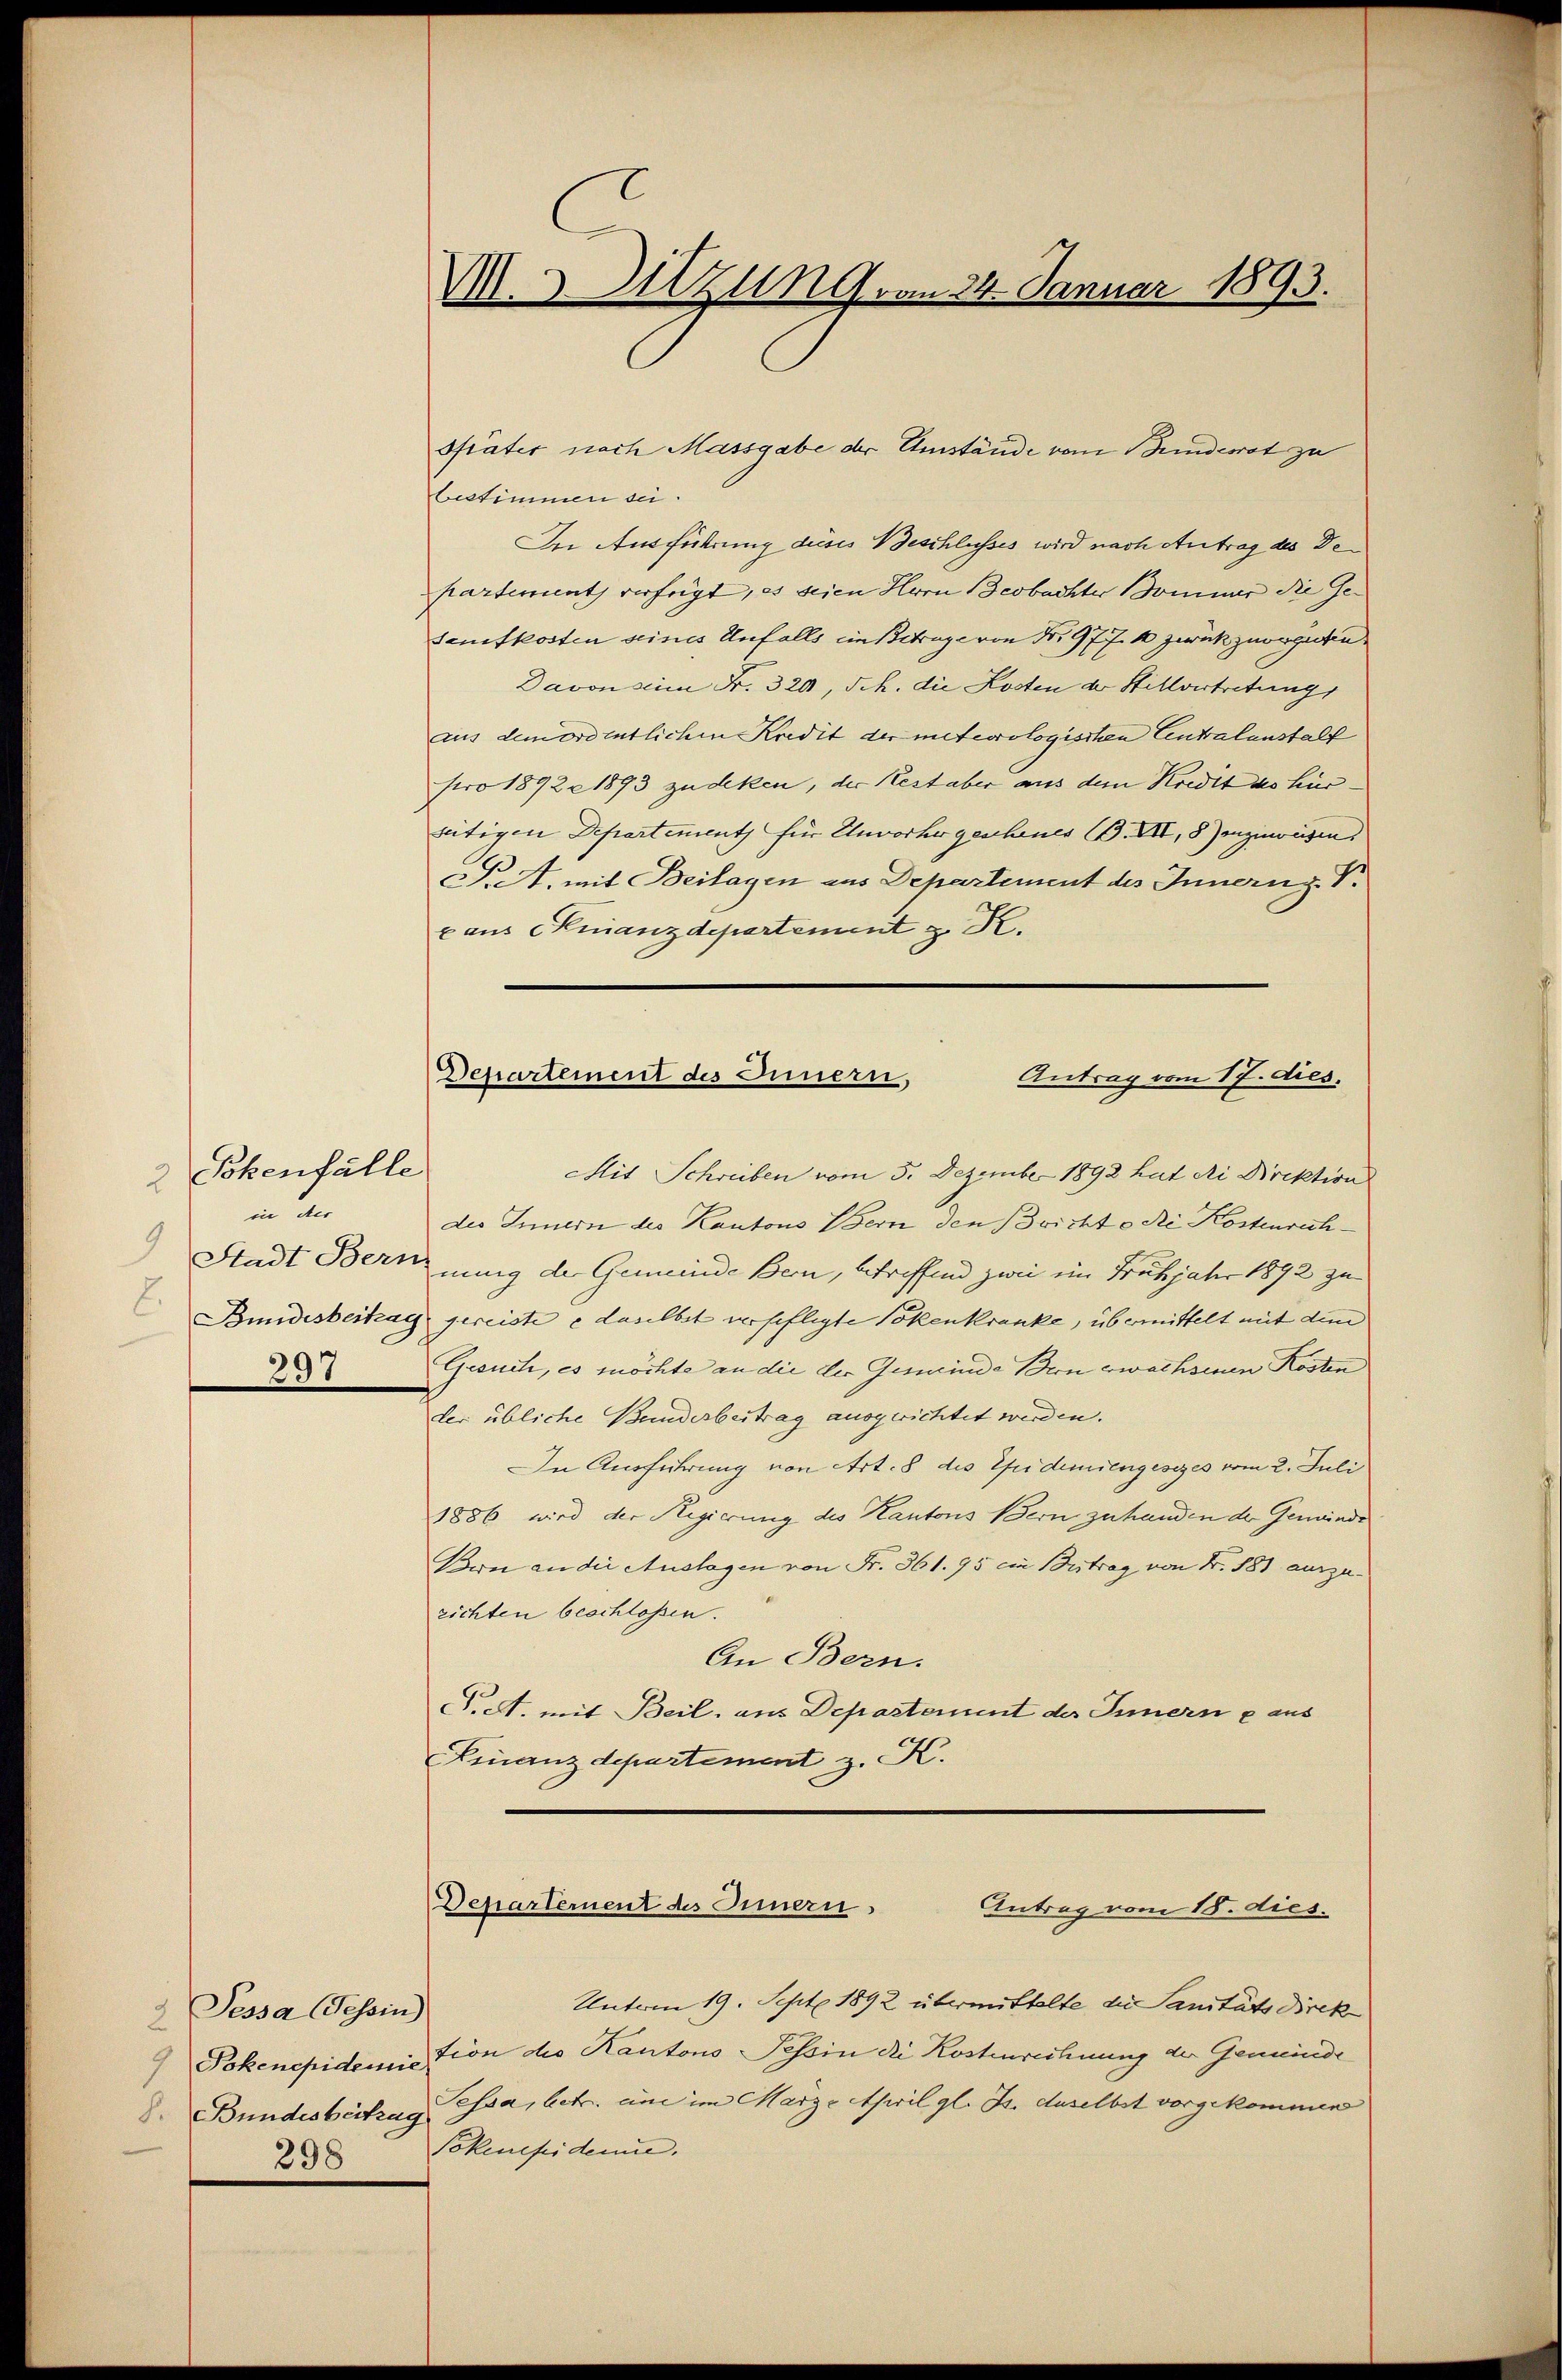
Sokenfälle
2
in der
9
Stadt Bern
E.
Bmidesbeitag
297

Pessa (Tessin)
2
8. Bundesbeckzug
298

V.Utzung, am 24. Januar 1893.

ssräter nach Massgabe der Umstände vom Bunderat zu
bestimmen sei.
In Ausführung dieses Beschlusses wird nach Antrag des Departement verfeigt, es seien Herrn Beobachter Bommer die Gesamtkosten seines Unfalls im Betrage von Nr. 977 4 zurückzuverguten
Davon sein Fr. 320, Sch. die Kosten der Stillvertretung,
aus demordentlichen Kredit der meteorologischen Eintralenstalt
pro 1892 - 1893 zu deken, der Rest aber aus dem Kredit des hür-
seitigen Departement für Unvorhergeschener B. VII, 5 Zenzinweisen
Pret. mit Beilagen aus Departement des Innern z. T.
x aus CKinanzdepartement z. K.

Departement des Innern.
Antrag vom 17. dies.

Mit Schreiben vom 5. Dezember 1892 hat Ni Direktion
des Innern des Kantons Bern den wicht o die Kostenrichmung der Gemeinde Bern, betreffend zwei im Frühjahr 1892 zu
gereiste e daselbst verhelligte lokenkranke, übermittelt mit dem
Gesuch, es möchte an die der Gemeinde Bern erwachsenen Kosten
der übliche Bundesbeitrag ausgerichtet werden.
In Ausführung von Art. 8 des Epidemiengesezes vom 2. Juli
1886 wird der Regierung des Kantons Bern zu handen der Gemeinde
Bern an die Auslagen von Fr. 361. 95 ein Beitrag von Fr. 881 auszu-
zichten beschlossen.
An Bern.
Siet. mit Beil, aus Departement des Innern aus
Finanzdepartement z. K.
Departement des Innern
Antrag vom 18. dies
Unterm 19. Sept 1892 übermittelte die Sanitätsdirek
Pokenepidemission des Kantons Tessin die Kostenrechnung der Gemeinde
Pessa, betr. um im Marze April gl. Js. daselbst vorgekommen
Pokenepidemie.